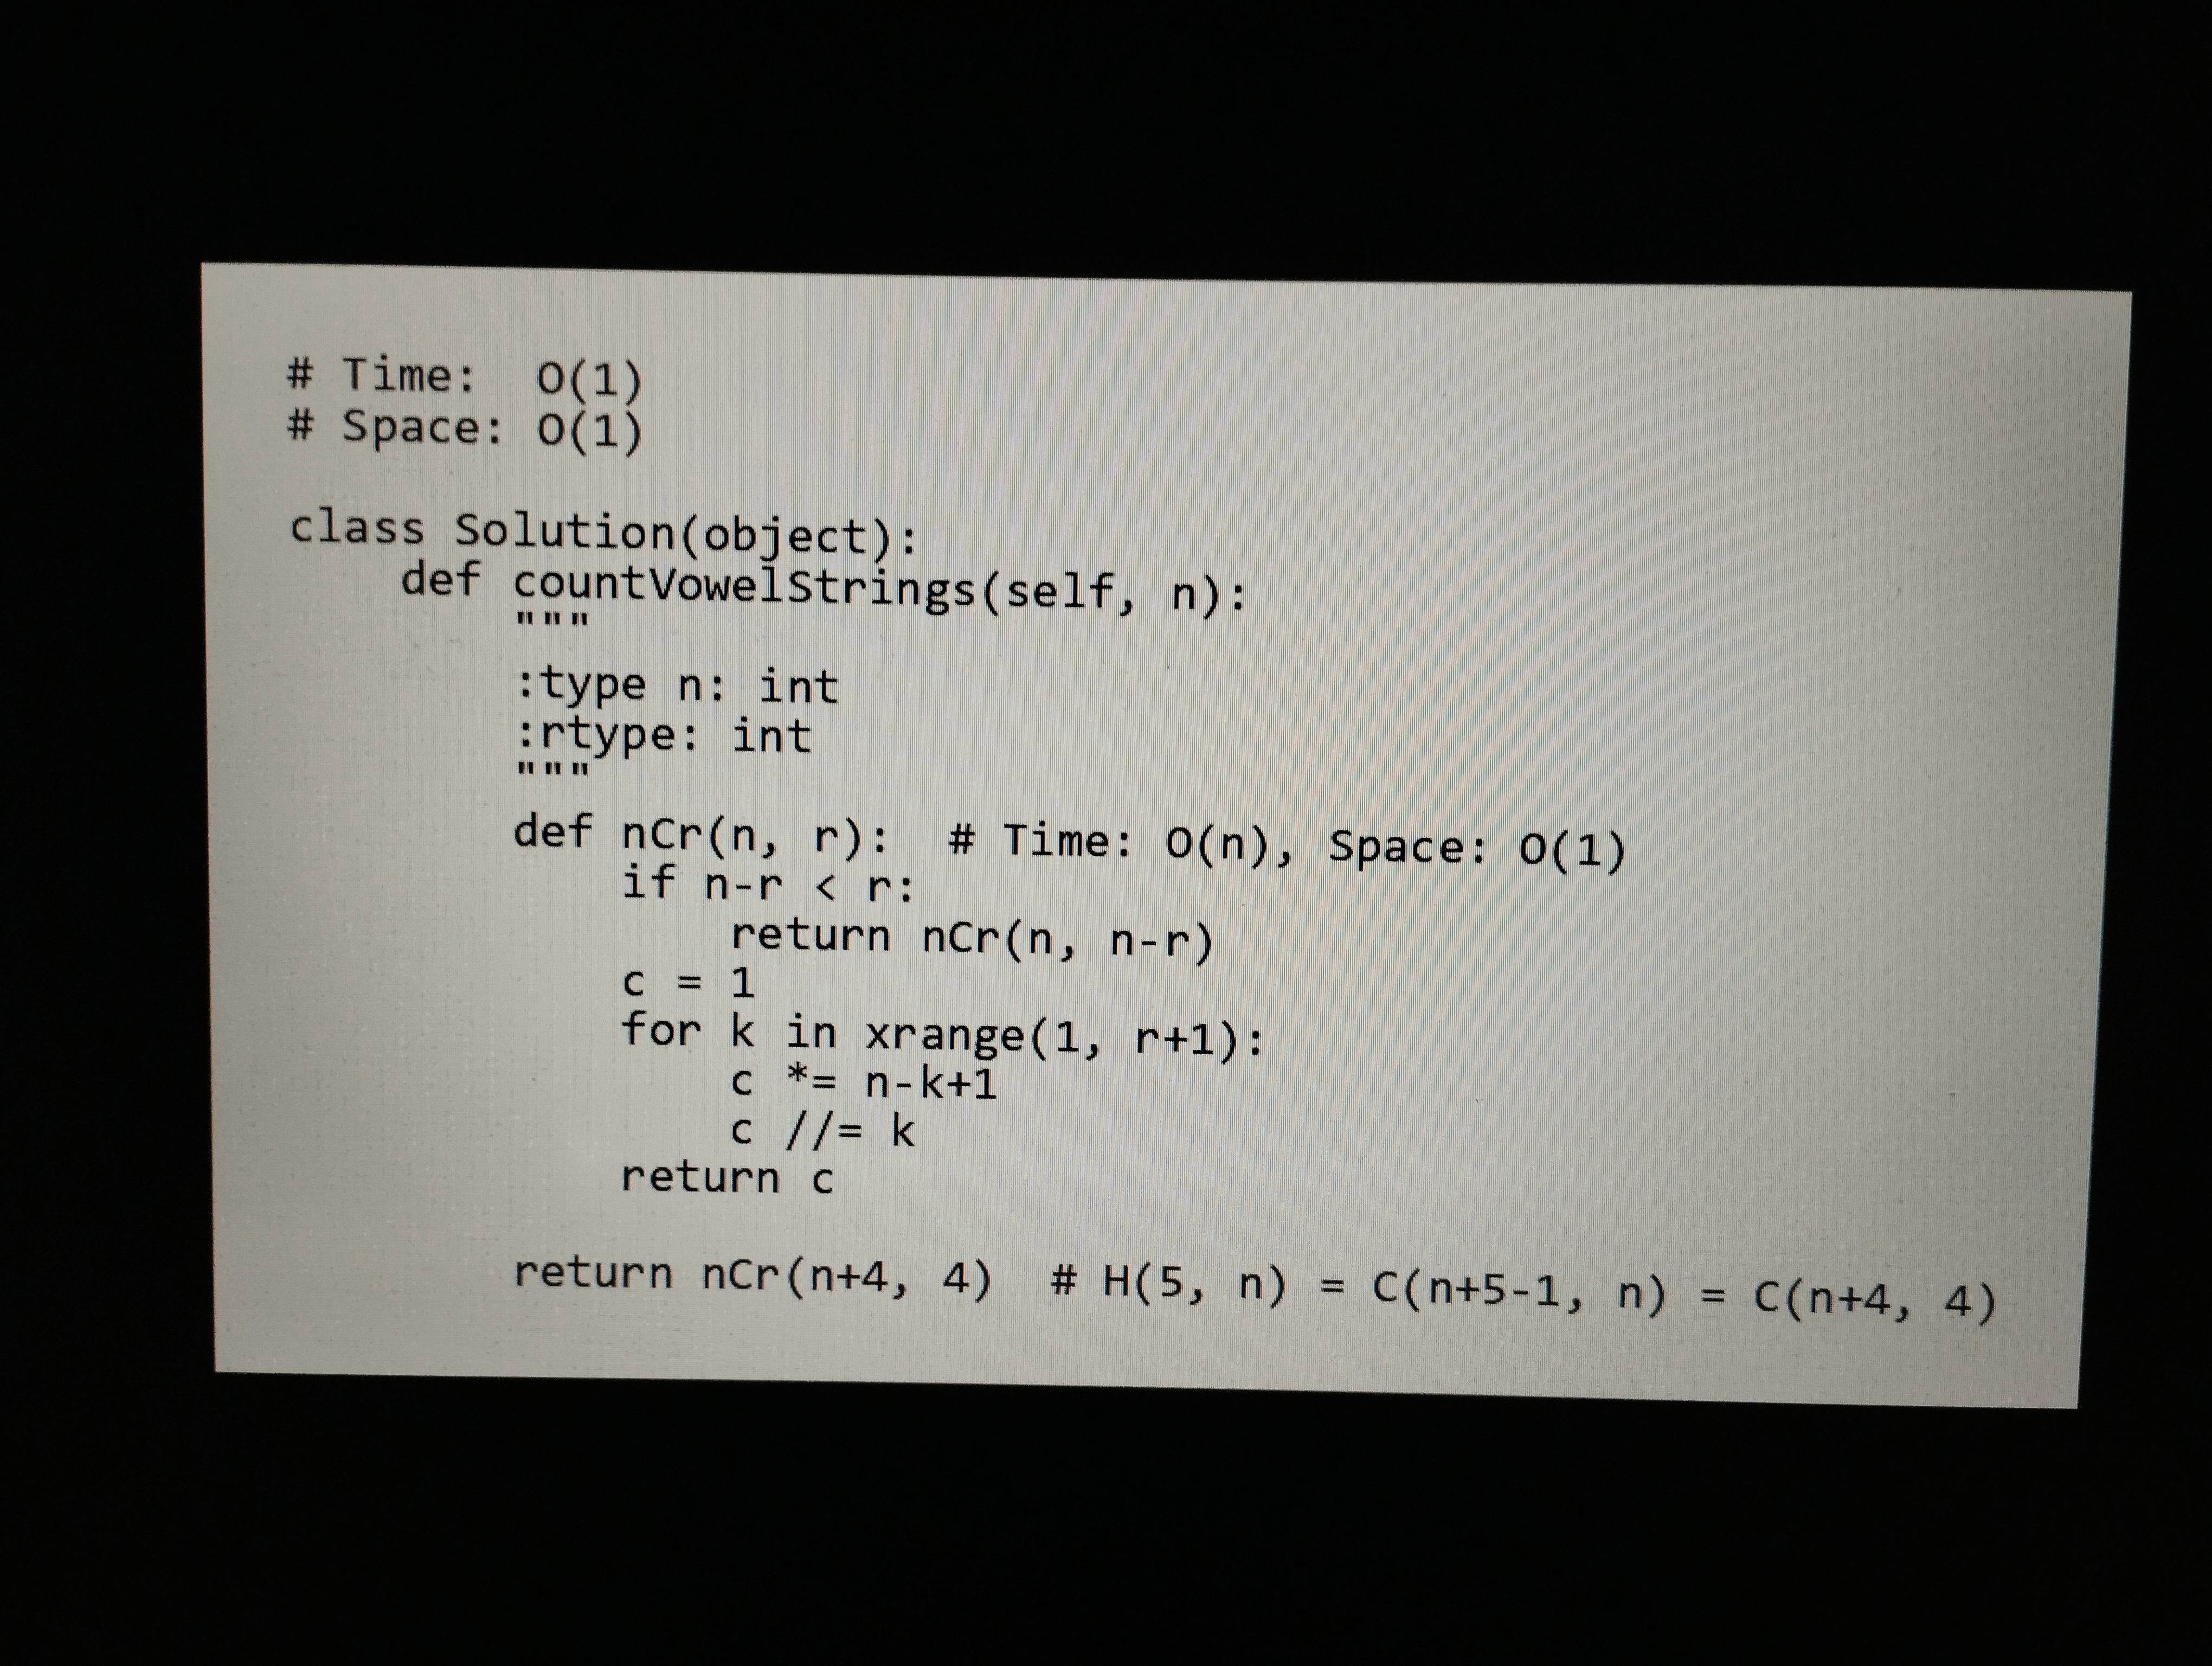
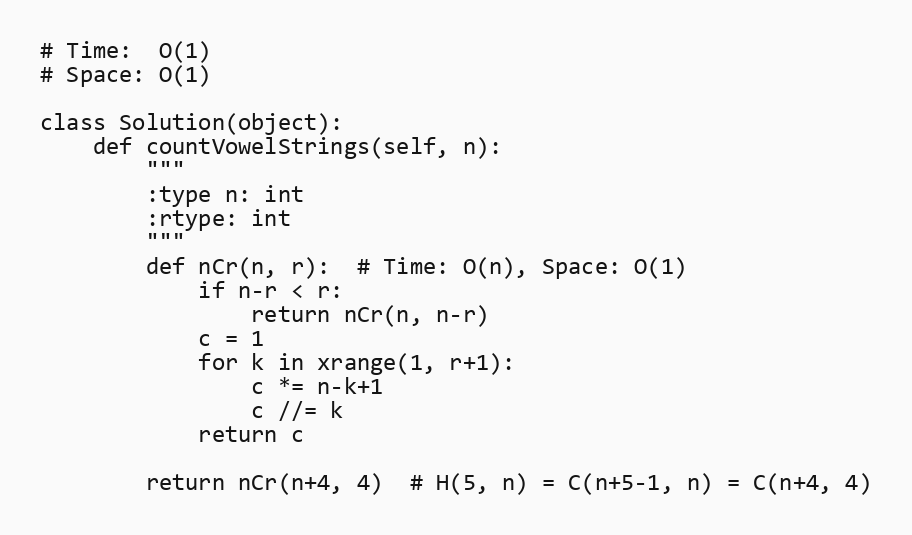
# Time:  O(1)
# Space: O(1)

class Solution(object):
    def countVowelStrings(self, n):
        """
        :type n: int
        :rtype: int
        """
        def nCr(n, r):  # Time: O(n), Space: O(1)
            if n-r < r:
                return nCr(n, n-r)
            c = 1
            for k in xrange(1, r+1):
                c *= n-k+1
                c //= k
            return c

        return nCr(n+4, 4)  # H(5, n) = C(n+5-1, n) = C(n+4, 4)